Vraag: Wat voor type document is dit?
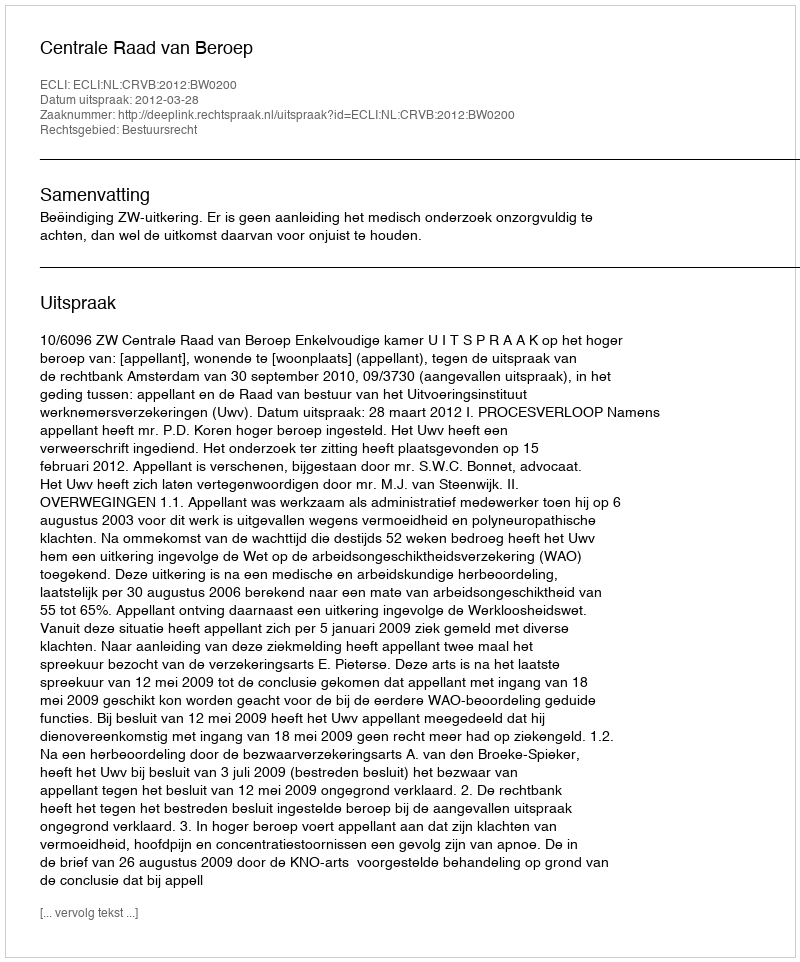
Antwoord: Uitspraak